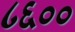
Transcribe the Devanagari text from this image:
८६००